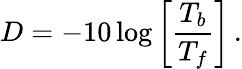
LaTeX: D=-10\log\left[\frac{T_{b}}{T_{f}}\right]\, .